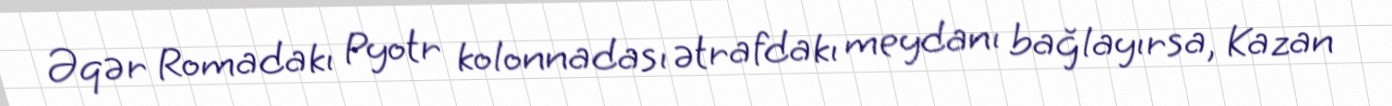
Əqər Romadakı Pyotr kolonnadası ətrafdakı meydanı bağlayırsa, Kazan